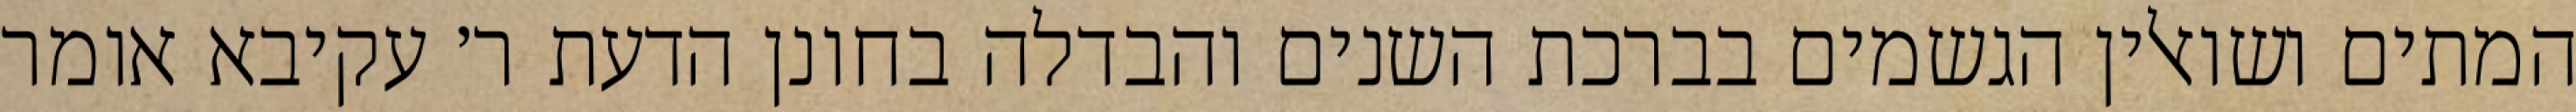
המתים ושואלין הגשמים בברכת השנים והבדלה בחונן הדעת ר׳ עקיבא אומר